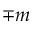
\mp m